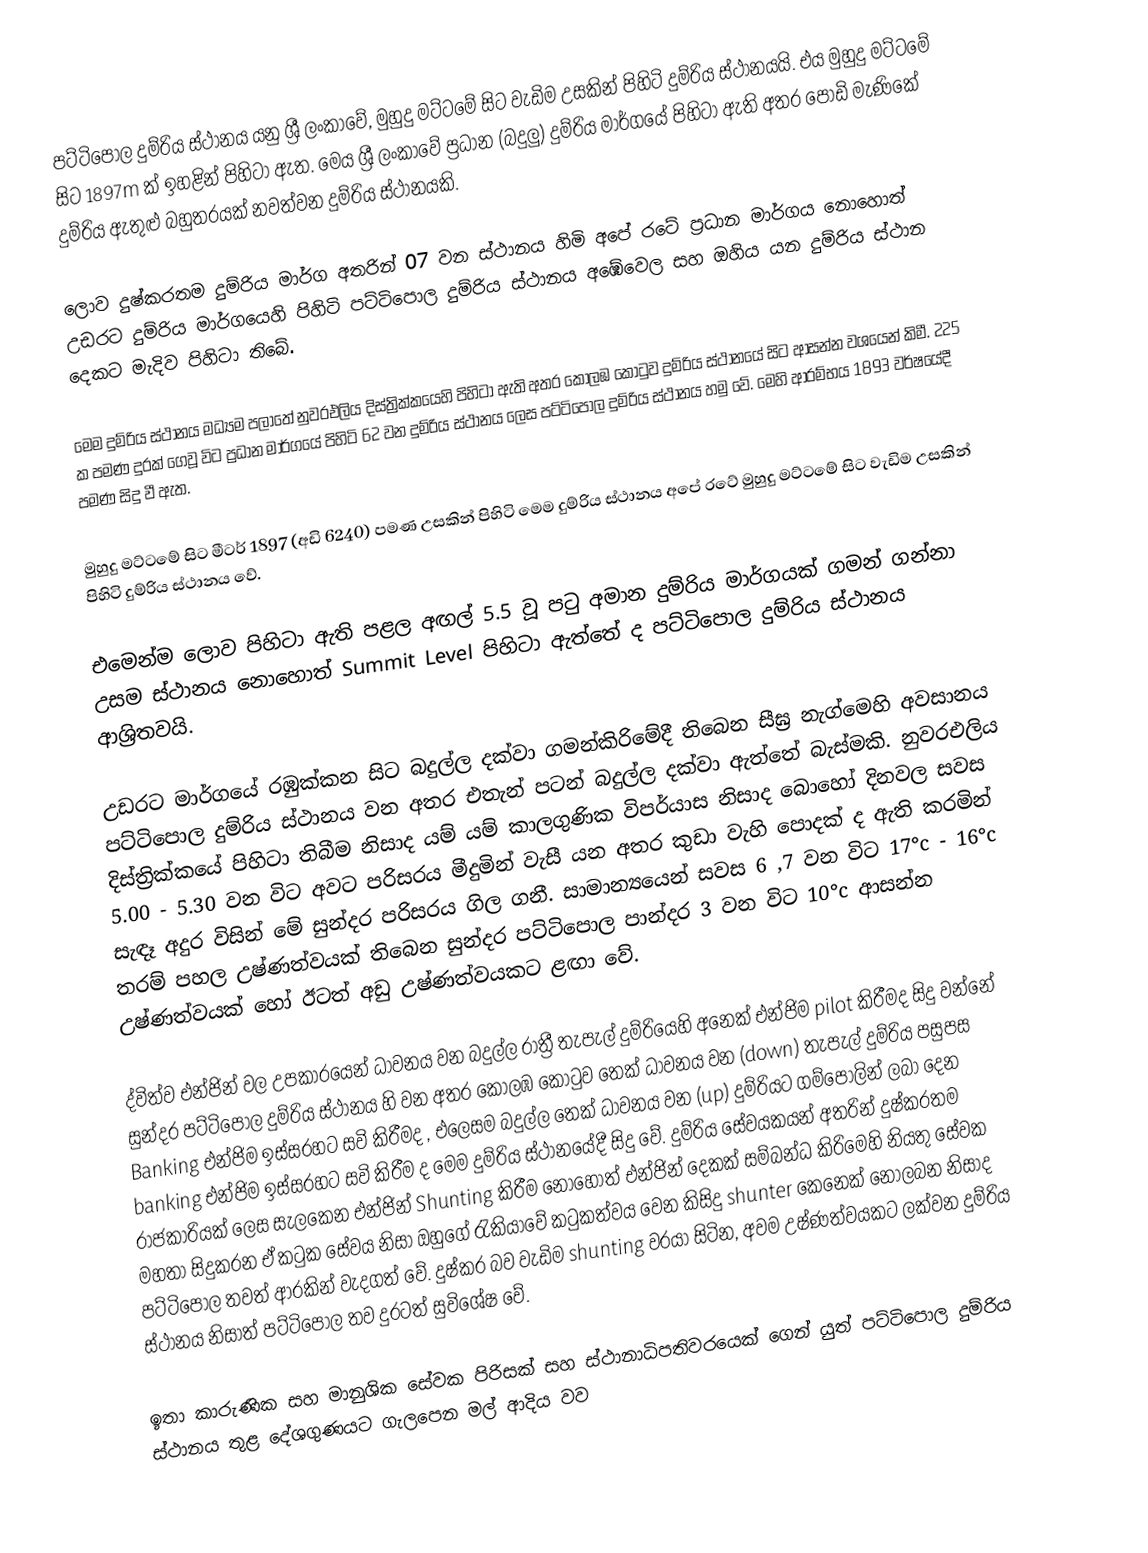
පට්ටිපොල දුම්රිය ස්ථානය යනු ශ්‍රී ලංකාවේ, මුහුදු මට්ටමේ සිට වැඩිම උසකින් පිහිටි දුම්රිය ස්ථානයයි. එය මුහුදු මට්ටමේ සිට 1897m ක් ඉහළින් පිහිටා ඇත. මෙය ශ්‍රී ලංකාවේ ප්‍රධාන (බදුලු) දුම්රිය මාර්ගයේ පිහිටා ඇති අතර පොඩි මැණිකේ දුම්රිය ඇතුළු බහුතරයක් නවත්වන දුම්රිය ස්ථානයකි.

ලොව දුෂ්කරතම දුම්රිය මාර්ග අතරින් 07 වන ස්ථානය හිමි අපේ රටේ ප්‍රධාන මාර්ගය නොහොත් උඩරට දුම්රිය මාර්ගයෙහි පිහිටි පට්ටිපොල දුම්රිය ස්ථානය අඹේවෙල සහ ඔහිය යන දුම්රිය ස්ථාන දෙකට මැදිව පිහිටා තිබේ.

මෙම දුම්රිය ස්ථානය මධ්‍යම පලාතේ නුවරඑලිය දිස්ත්‍රික්කයෙහි පිහිටා ඇති අතර කොලඹ කොටුව දුම්රිය ස්ථානයේ සිට ආසන්න වශයෙන් කිමී. 225 ක පමණ දුරක් ගෙවූ විට ප්‍රධාන මාර්ගයේ පිහිටි 62 වන දුම්රිය ස්ථානය ලෙස පට්ටිපොල දුම්රිය ස්ථානය හමු වේ. මෙහි ආරම්භය 1893 වර්ෂයේදී පමණ සිදු වී ඇත.

මුහුදු මට්ටමේ සිට මීටර් 1897 (අඩි 6240) පමණ උසකින් පිහිටි මෙම දුම්රිය ස්ථානය අපේ රටේ මුහුදු මට්ටමේ සිට වැඩිම උසකින් පිහිටි දුම්රිය ස්ථානය වේ.

එමෙන්ම ලොව පිහිටා ඇති පළල අඟල් 5.5 වූ පටු අමාන දුම්රිය මාර්ගයක් ගමන් ගන්නා උසම ස්ථානය නොහොත් Summit Level පිහිටා ඇත්තේ ද පට්ටිපොල දුම්රිය ස්ථානය ආශ්‍රිතවයි.

උඩරට මාර්ගයේ රඹුක්කන සිට බදුල්ල දක්වා ගමන්කිරිමේදී තිබෙන සීඝ්‍ර නැග්මෙහි අවසානය පට්ටිපොල දුම්රිය ස්ථානය වන අතර එතැන් පටන් බදුල්ල දක්වා ඇත්තේ බැස්මකි. නුවරඑලිය දිස්ත්‍රික්කයේ පිහිටා තිබීම නිසාද යම් යම් කාලගුණික විපර්යාස නිසාද බොහෝ දිනවල සවස 5.00 - 5.30 වන විට අවට පරිසරය මීදුමින් වැසී යන අතර කුඩා වැහි පොදක් ද ඇති කරමින් සැඳෑ අදුර විසින් මේ සුන්දර පරිසරය ගිල ගනී. සාමාන්‍යයෙන් සවස 6 ,7 වන විට 17°c - 16°c තරම් පහල උෂ්ණත්වයක් තිබෙන සුන්දර පට්ටිපොල පාන්දර 3 වන විට 10°c ආසන්න උෂ්ණත්වයක් හෝ ඊටත් අඩු උෂ්ණත්වයකට ළඟා වේ.

ද්විත්ව එන්ජින් වල උපකාරයෙන් ධාවනය වන බදුල්ල රාත්‍රී තැපැල් දුම්රියෙහි අනෙක් එන්ජිම pilot කිරීමද සිදු වන්නේ සුන්දර පට්ටිපොල දුම්රිය ස්ථානය හි වන අතර කොලඹ කොටුව තෙක් ධාවනය වන (down) තැපැල් දුම්රිය පසුපස Banking එන්ජිම ඉස්සරහට සවි කිරීමද , එලෙසම බදුල්ල තෙක් ධාවනය වන (up) දුම්රියට ගම්පොලින් ලබා දෙන banking එන්ජිම ඉස්සරහට සවි කිරීම ද මෙම දුම්රිය ස්ථානයේදී සිදු වේ. දුම්රිය සේවයකයන් අතරින් දුෂ්කරතම රාජකාරියක් ලෙස සැලකෙන එන්ජින් Shunting කිරීම නොහොත් එන්ජින් දෙකක් සම්බන්ධ කිරිමෙහි නියතු සේවක මහතා සිදුකරන ඒ කටුක සේවය නිසා ඔහුගේ රැකියාවේ කටුකත්වය වෙන කිසිදු shunter කෙනෙක් නොලබන නිසාද පට්ටිපොල තවත් ආරකින් වැදගත් වේ. දුෂ්කර බව වැඩිම shunting වරයා සිටින, අවම උෂ්ණත්වයකට ලක්වන දුම්රිය ස්ථානය නිසාත් පට්ටිපොල තව දුරටත් සුවිශේෂ වේ.

ඉතා කාරුණික සහ මානුශික සේවක පිරිසක් සහ ස්ථානාධිපතිවරයෙක් ගෙන් යුත් පට්ටිපොල දුම්රිය ස්ථානය තුළ දේශගුණයට ගැලපෙන මල් ආදිය වව